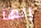
إنها